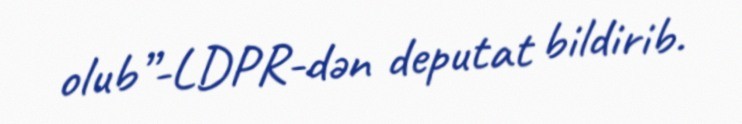
olub”-LDPR-dən deputat bildirib.